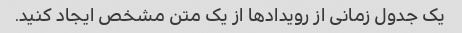
یک جدول زمانی از رویدادها از یک متن مشخص ایجاد کنید.